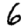
Digit: 6